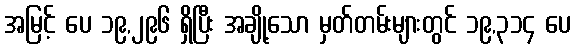
အမြင့် ပေ ၁၉,၂၉၆ ရှိပြီး အချို့သော မှတ်တမ်းများတွင် ၁၉,၃၁၄ ပေ